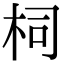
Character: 柌